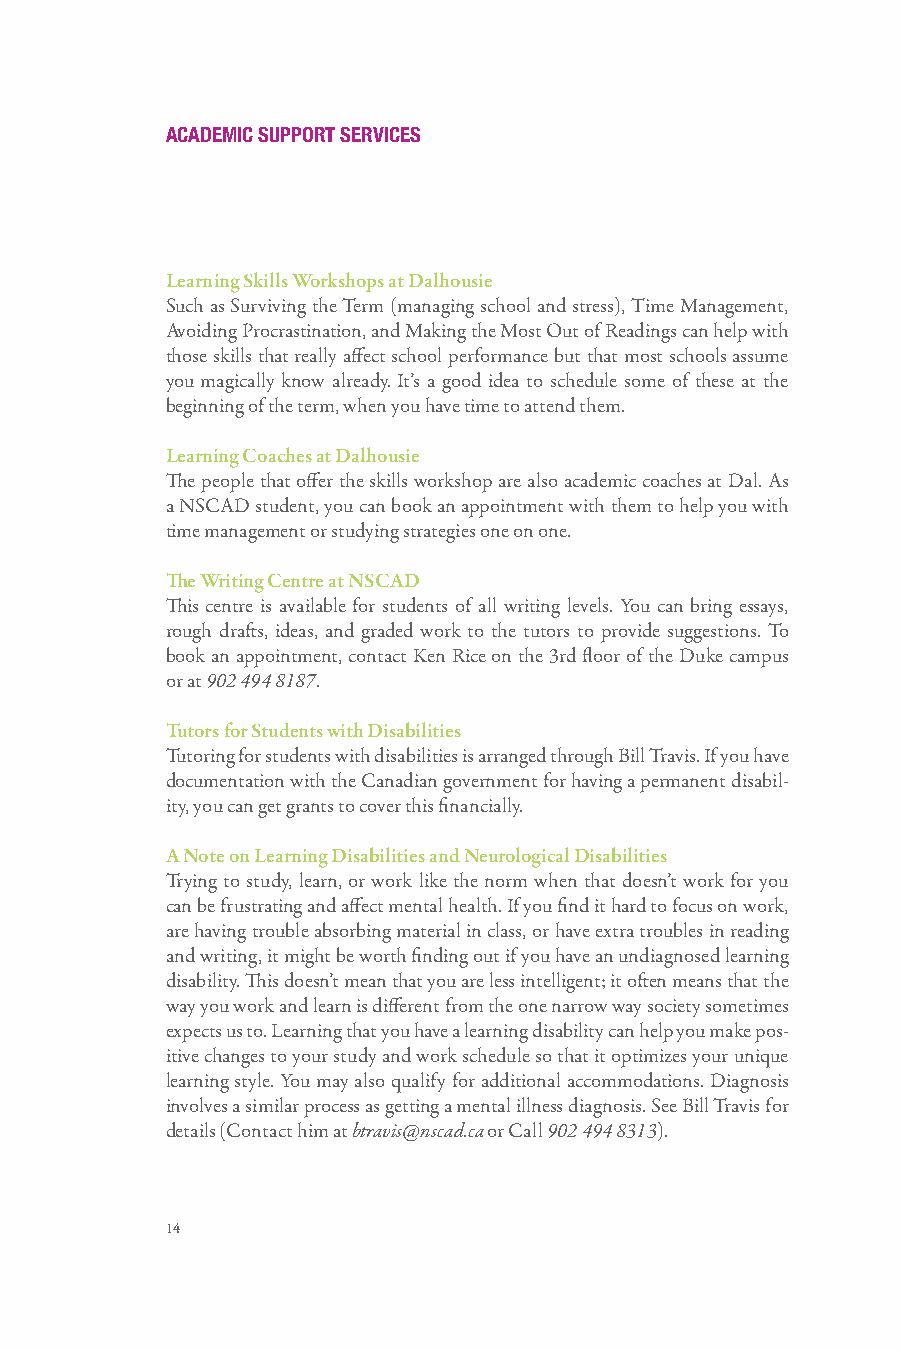
ACADEMIC SUPPORT SERVICES
 Learning Skills Workshops at Dalhousie
 Such as Surviving the Term (managing school and stress), Time Management,
 Avoiding Procrastination, and Making the Most Out of Readings can help with
 those skills that really affect school performance but that most schools assume
 you magically know already. It’s a good idea to schedule some of these at the
 beginning of the term, when you have time to attend them.
 Learning Coaches at Dalhousie
 The people that offer the skills workshop are also academic coaches at Dal. As
 a NSCAD student, you can book an appointment with them to help you with
 time management or studying strategies one on one.
 The Writing Centre at NSCAD
 This centre is available for students of all writing levels. You can bring essays,
 rough drafts, ideas, and graded work to the tutors to provide suggestions. To
 book an appointment, contact Ken Rice on the 3rd floor of the Duke campus
 or at 902 494 8187.
 Tutors for Students with Disabilities
 Tutoring for students with disabilities is arranged through Bill Travis. If you have
 documentation with the Canadian government for having a permanent disabil-
 ity, you can get grants to cover this financially.
 A Note on Learning Disabilities and Neurological Disabilities
 Trying to study, learn, or work like the norm when that doesn’t work for you
 can be frustrating and affect mental health. If you find it hard to focus on work,
 are having trouble absorbing material in class, or have extra troubles in reading
 and writing, it might be worth finding out if you have an undiagnosed learning
 disability. This doesn’t mean that you are less intelligent; it often means that the
 way you work and learn is different from the one narrow way society sometimes
 expects us to. Learning that you have a learning disability can help you make pos-
 itive changes to your study and work schedule so that it optimizes your unique
 learning style. You may also qualify for additional accommodations. Diagnosis
 involves a similar process as getting a mental illness diagnosis. See Bill Travis for
 details (Contact him at btravis@nscad.ca or Call 902 494 8313).
 14